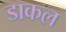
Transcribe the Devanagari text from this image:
डाकल